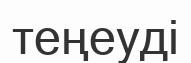
теңеуді